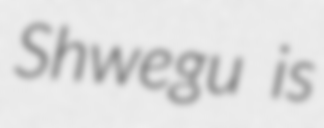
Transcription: Shwegu is